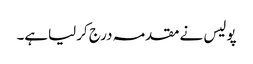
پولیس نے مقدمہ درج کرلیاہے۔